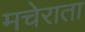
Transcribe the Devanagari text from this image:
मचेराता